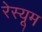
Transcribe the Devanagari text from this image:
रेस्यूम